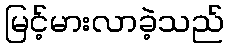
မြင့်မားလာခဲ့သည်